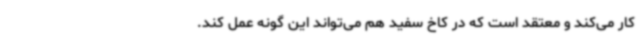
کار می‌کند و معتقد است که در کاخ سفید هم می‌تواند این گونه عمل کند.